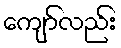
ကျော်လည်း